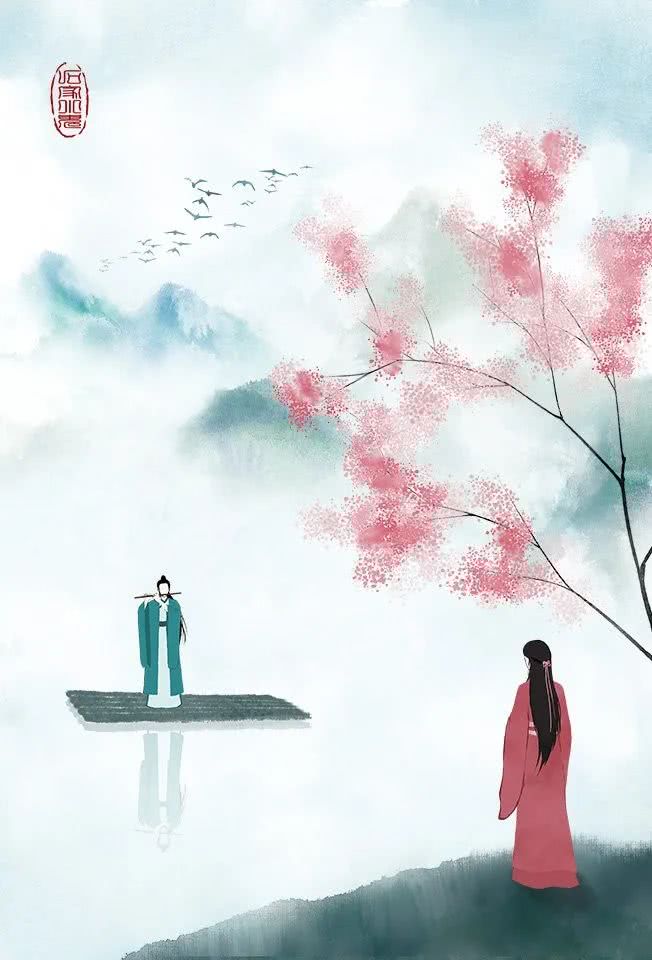
春来秋去相思在，秋去春来信息稀。